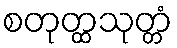
စတုတ္ထသုတ္တံ